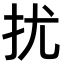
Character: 扰